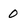
Character: 0